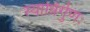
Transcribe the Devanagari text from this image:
स्यान्निर्गुणः